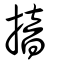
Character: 揞